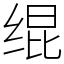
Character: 绲